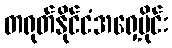
တရုတ်နိုင်ငံအရှေ့ပိုင်း